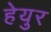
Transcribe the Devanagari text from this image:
हेयुर